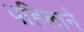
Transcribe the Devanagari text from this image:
पहिलाने